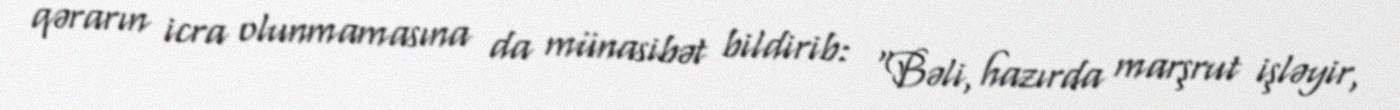
qərarın icra olunmamasına da münasibət bildirib: “Bəli, hazırda marşrut işləyir,